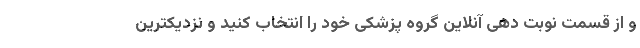
و از قسمت نوبت دهی آنلاین گروه پزشکی خود را انتخاب کنید و نزدیکترین